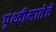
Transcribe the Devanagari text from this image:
पृथ्वीमातेचे